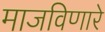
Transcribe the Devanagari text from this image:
माजविणारे